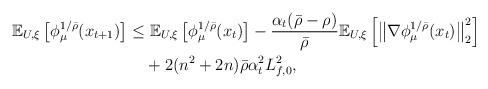
LaTeX: \begin{align*} \mathbb{E}_{U,\xi} \left[\phi_{\mu}^{1/\bar{\rho}}(x_{t+1}) \right] \leq & \ \mathbb{E}_{U,\xi} \left[\phi_{\mu}^{1/\bar{\rho}}(x_{t}) \right] - \frac{\alpha_t(\bar{\rho}-\rho)}{\bar{\rho}} \mathbb{E}_{U,\xi}\left[\left\| \nabla \phi_{\mu}^{1/\bar{\rho}}(x_t) \right\|_2^2 \right]\\& + 2(n^2 + 2n)\bar{\rho}\alpha_t^2L_{f,0}^2,\end{align*}